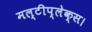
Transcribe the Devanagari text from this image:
मल्टीप्लेक्स।